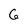
Character: 6